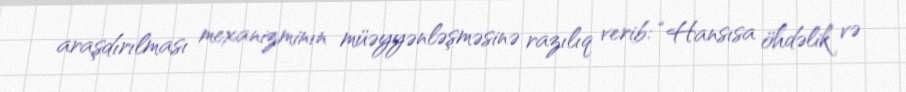
araşdırılması mexanizminın müəyyənləşməsinə razılıq verib: “Hansısa öhdəlik və